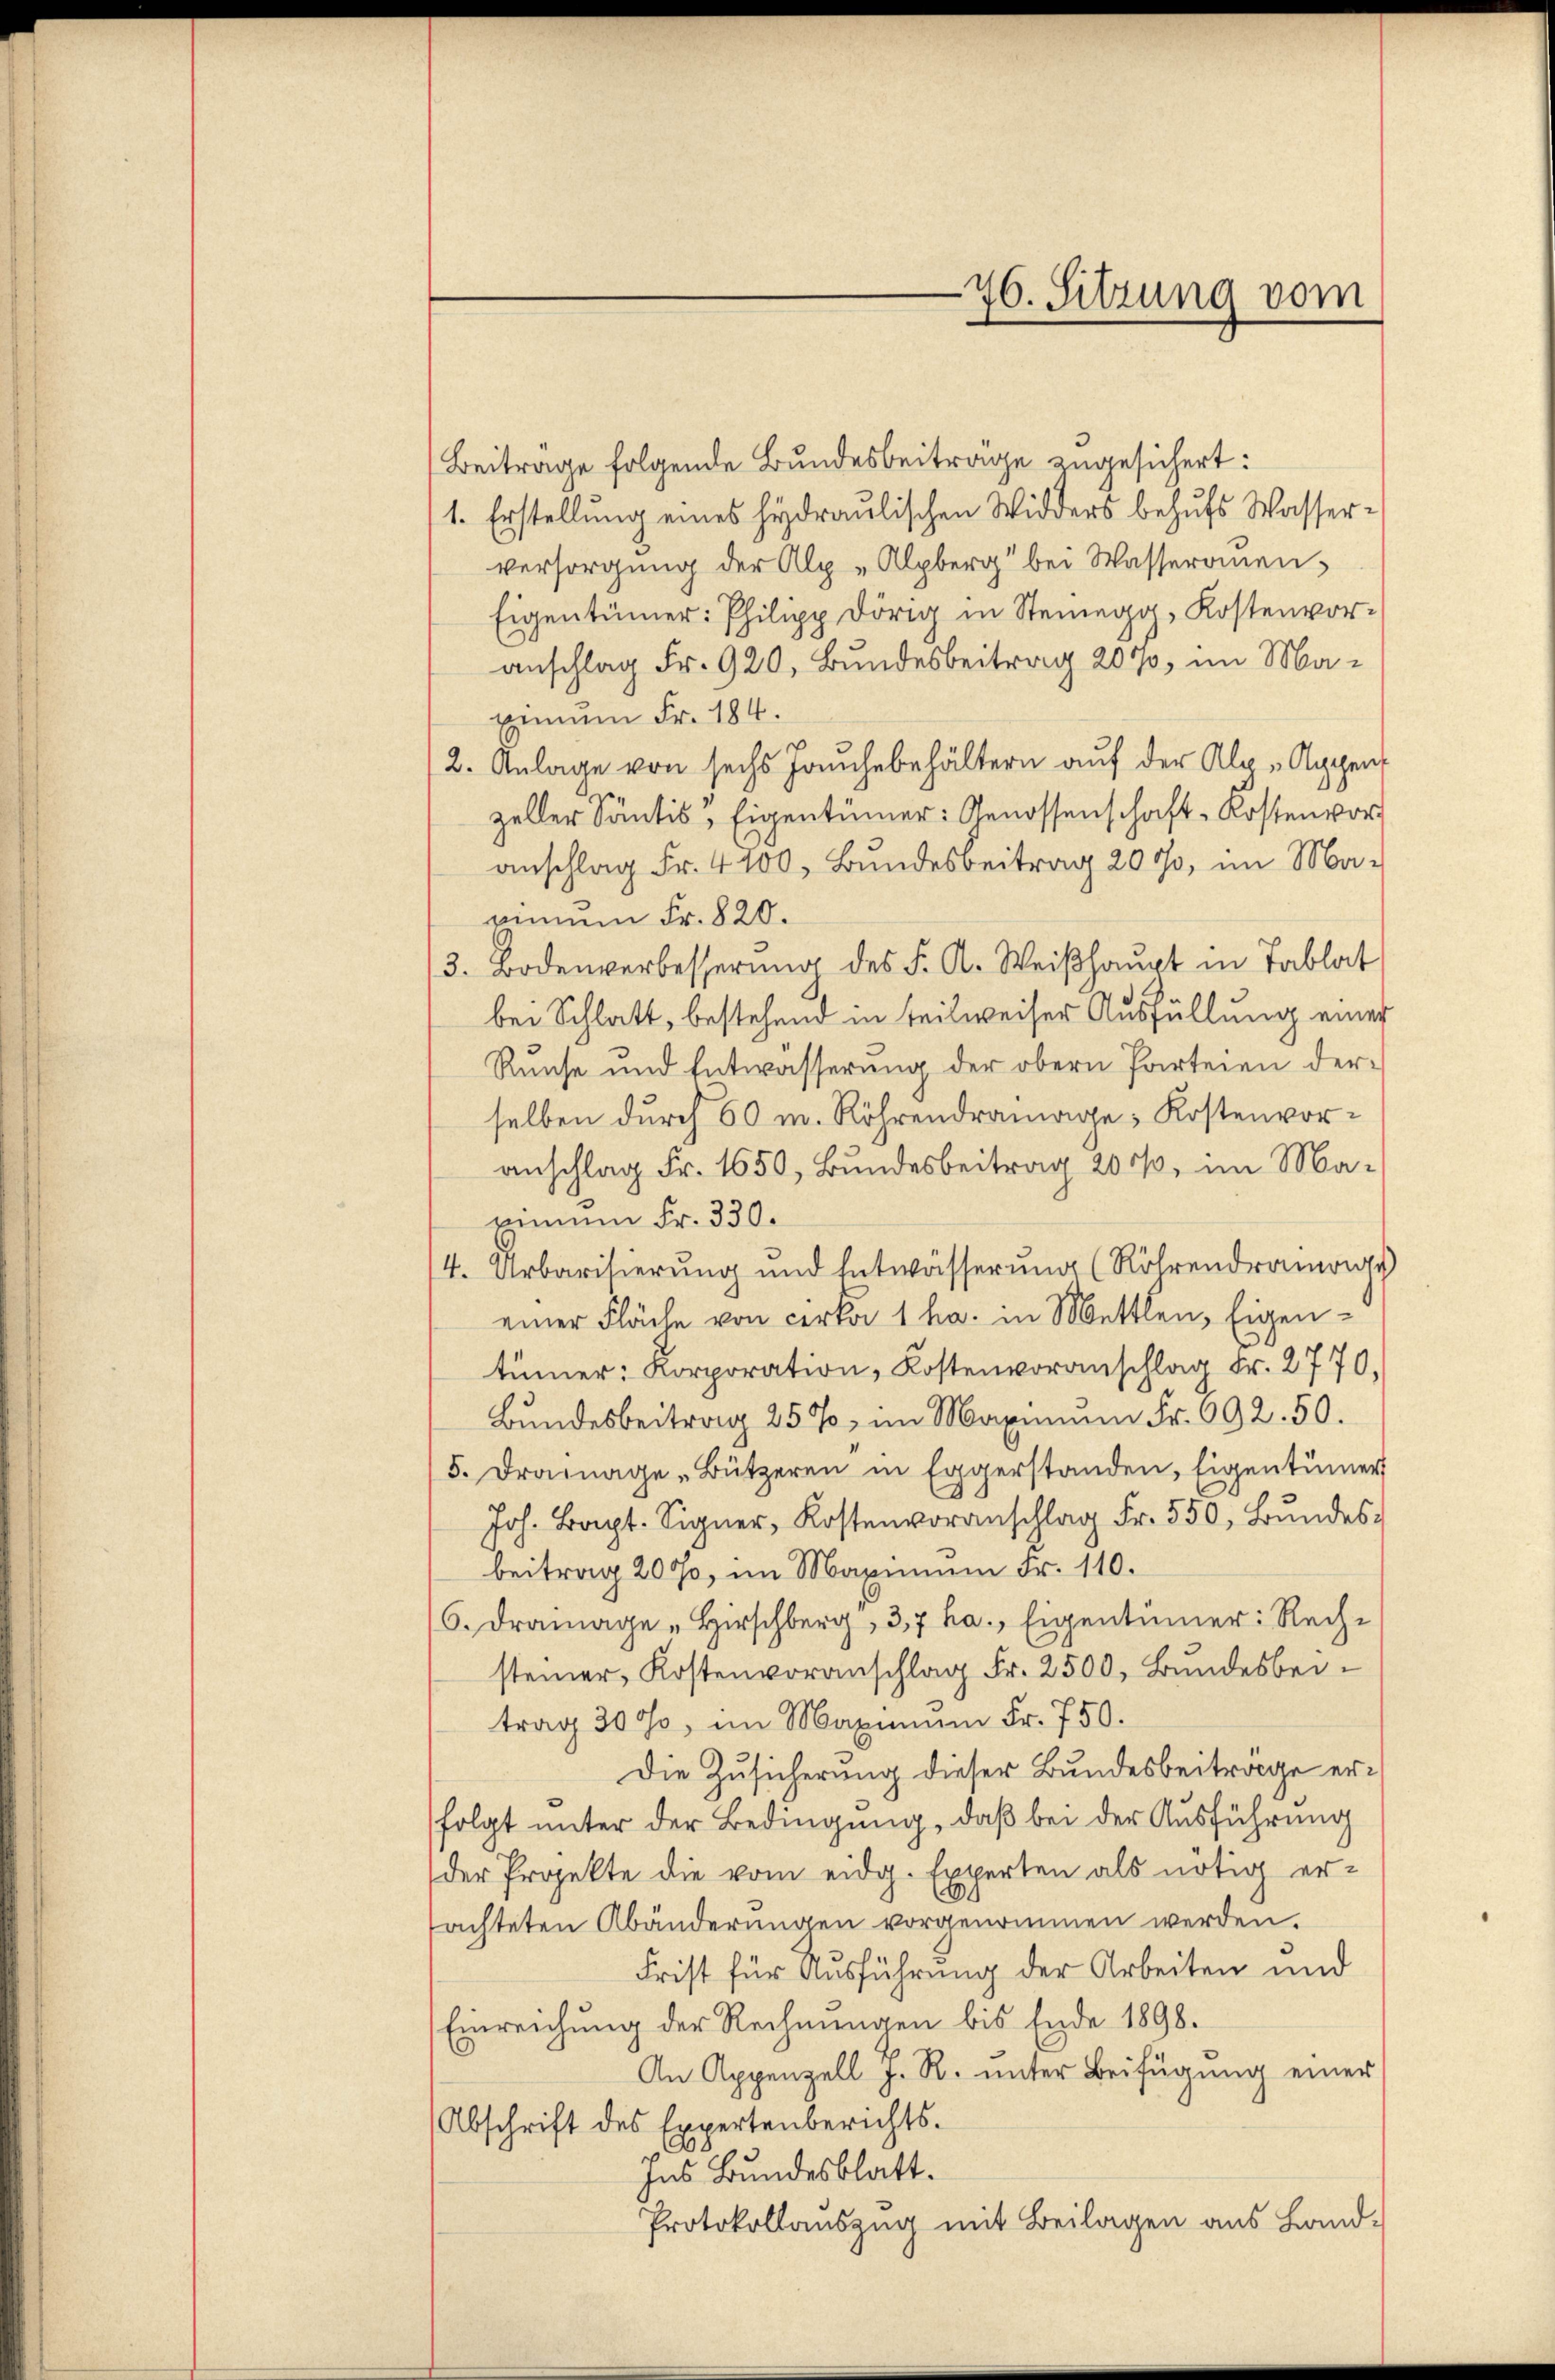
Beiträge folgende Bundesbeitrage zugesichert:
1. Erstellung eines hydraulischen Widders behufs Wasserversorgung der Alp "Alpberg bei Wasseronen,
Eigentümer: Philipp Dörig in Steinegg, Kostenvoranschlag Fr. 920, Bundesbeitrag 207, im Maweinem Fr. 184.
2. Anlage von sechs Jaŭchebehältern auf der Alo-Appen
zeller Säntis, Eigentümer: Genossenschaft-Kostenvor
anschlag Fr. 4100, Bundesbeitrag 2000, im Ma-
rinnen Fr. 820.
3. Bodenverbesserung des F. A. Weishaupt in Tablat
bei Schlatt, bestehend in teilweiser Ausfüllung einer
Runse und Entwässerung der obern Parteien derselben durch 50 m. Röhrendramage Kostenvoranschlag Fr. 1650, Bundesbeitrag 200, im Marinum Fr. 330.
4. Urbarisierung und Entwässerŭng (Röhrendrange
einer Fläche von cirka 1 ha. in Mettlen, Eigentümer: Korporation, Kostenvoranschlag Fr. 2770,
Bundesbeitrag 257, im Maximum Fr. 692. 50.
5. Drainage-Bützeren in Eggerstanden, Eigentümer
Joh. Bapt. Signer, Kostenvoranschlag Fr. 550, Bŭndes-
beitrag 2000, im Maximum Fr. 110.
6. Dramage Hirschberg, 3,7 ha. Eigentümer: Rechsteiner Kostenvoranschlag Fr. 2500, Bundesbeitrag 3000, im Maximum Fr. 750.
Die Zusicherung dieser Bundesbeitrage erfolgt unter der Bedingung, daß bei der Ausführung
der Projekte die vom eidg. Experten als nötig er-
tachteten Abänderungen vorgenommen werden.
Frist für Ausführung der Arbeiten und
Einreichŭng der Rechnŭngen bis Ende 1898.
An Appenzell J. R. unter Beifügung einer
Abschrift des Expertenberichts-
8
Ins Bundesblatt.
Protokollauszug mit Beilagen aus Land-

76. Sitzung vom